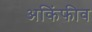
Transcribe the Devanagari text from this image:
अकिंफीव